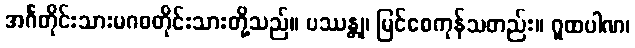
အင်္ဂတိုင်းသားမဂဓတိုင်းသားတို့သည်။ ပဿန္တု၊ မြင်စေကုန်သတည်း။ ဂူထပါဏ၊